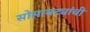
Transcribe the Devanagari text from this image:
सोसायट्यांची